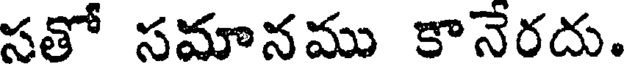
సతో సమానము కానేరదు.